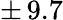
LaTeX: \pm\, 9.7